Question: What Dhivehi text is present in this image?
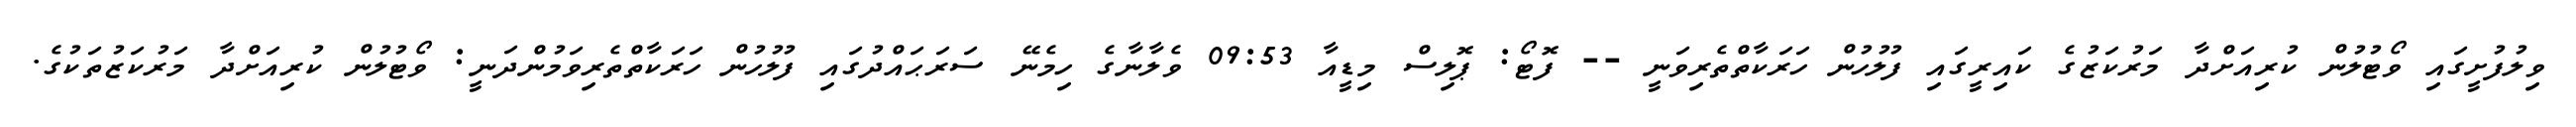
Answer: ވިލުފުށީގައި ވޯޓުލުން ކުރިއަށްދާ މަރުކަޒުގެ ކައިރީގައި ފުލުހުން ހަރަކާތްތެރިވަނީ -- ފޮޓޯ: ޕޮލިސް މިޑީއާ 09:53 ވެލާނާގެ ހިމެނޭ ސަރަޙައްދުގައި ފުލުހުން ހަރަކާތްތެރިވަމުންދަނީ: ވޯޓުލުން ކުރިއަށްދާ މަރުކަޒުތަކުގެ.